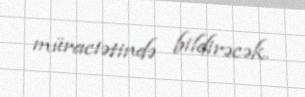
müraciətində bildirəcək.